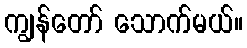
ကျွန်တော် သောက်မယ်။